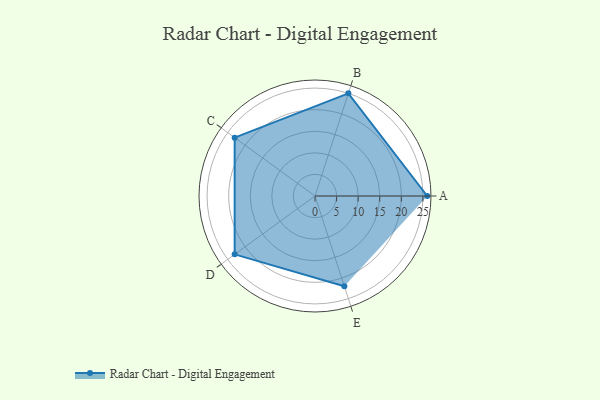
{"axis": {"x": "Skill", "y": "Score"}, "legend": ["Profile"], "data": [{"x": "A", "y": 26.0, "type": "Profile"}, {"x": "B", "y": 25.0, "type": "Profile"}, {"x": "C", "y": 23.0, "type": "Profile"}, {"x": "D", "y": 23.0, "type": "Profile"}, {"x": "E", "y": 22.0, "type": "Profile"}]}